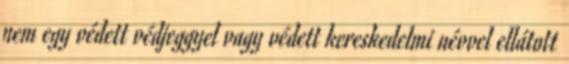
nem egy védett védjeggyel vagy védett kereskedelmi névvel ellátott